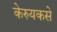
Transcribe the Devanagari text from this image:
केरुयकसे